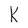
Character: k